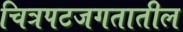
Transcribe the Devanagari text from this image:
चित्रपटजगतातील